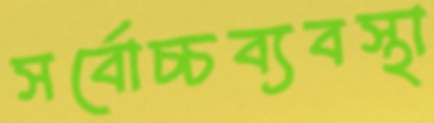
সর্বোচ্চব্যবস্থা